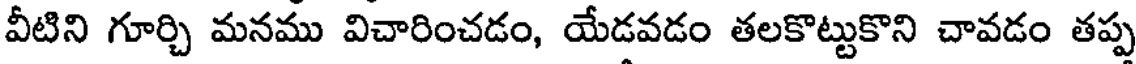
వీటిని గూర్చి మనము విచారించడం, యేడవడం తలకొట్టుకొని చావడం తప్ప